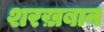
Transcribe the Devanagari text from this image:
शरख़बान